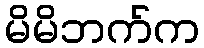
မိမိဘက်က